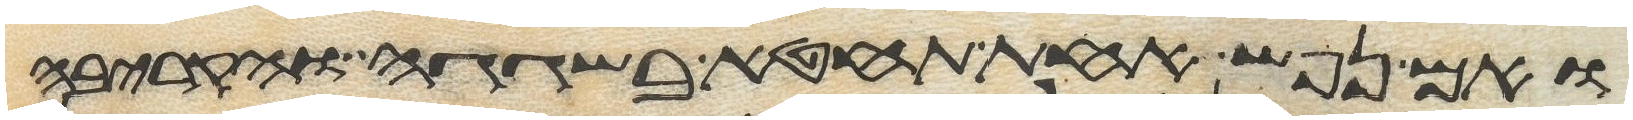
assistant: ואם נפש אחת תחטא בשגגה והקריבה